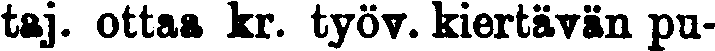
taj. ottaa kr. työv. kiertävän pu-